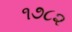
૧૭૮૨